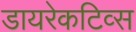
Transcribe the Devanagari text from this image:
डायरेकटिव्स